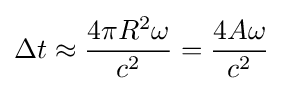
\Delta t\approx {\frac {4\pi R^{2}\omega }{c^{2}}}={\frac {4A\omega }{c^{2}}}